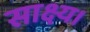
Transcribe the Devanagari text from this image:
साक्ष्य।